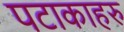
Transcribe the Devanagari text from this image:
पटाकाहरु